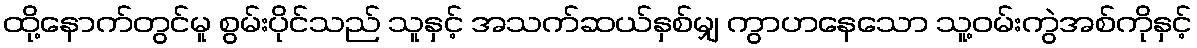
ထို့နောက်တွင်မူ စွမ်းပိုင်သည် သူနှင့် အသက်ဆယ်နှစ်မျှ ကွာဟနေသော သူ့ဝမ်းကွဲအစ်ကိုနှင့်